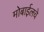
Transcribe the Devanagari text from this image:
मोबाईलचे